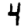
Digit: 4